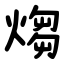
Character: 煼